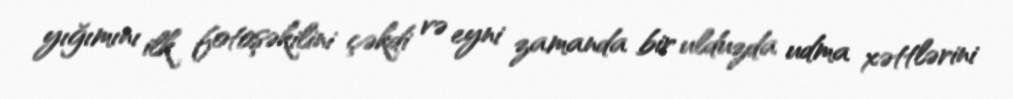
yığımını ilk fotoşəkilini çəkdi və eyni zamanda bir ulduzda udma xəttlərini